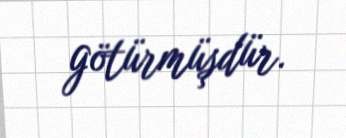
götürmüşdür.